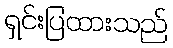
ရှင်းပြထားသည်